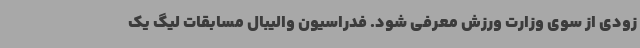
زودی از سوی وزارت ورزش معرفی شود. فدراسیون والیبال مسابقات لیگ یک